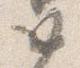
如